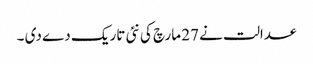
عدالت نے 27 مارچ کی نئی تاریک دے دی ۔